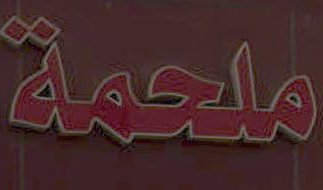
ملحمة